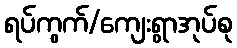
ရပ်ကွက်/ကျေးရွာအုပ်စု